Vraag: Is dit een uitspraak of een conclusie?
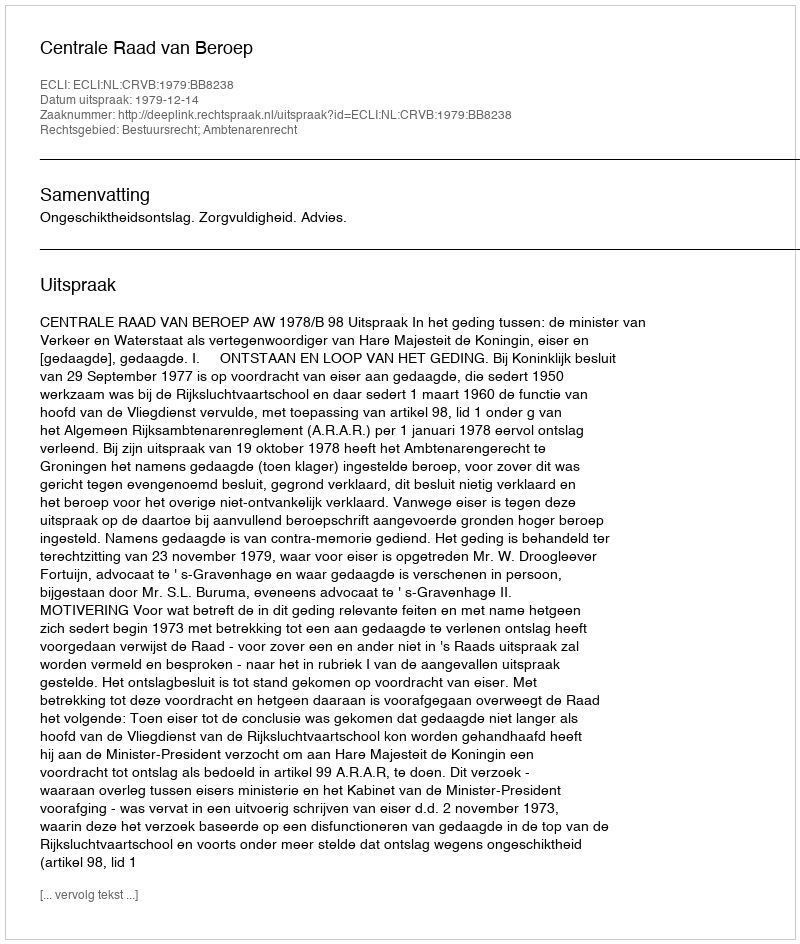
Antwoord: Uitspraak